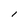
Character: l